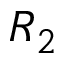
R _ { 2 }